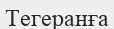
Тегеранға